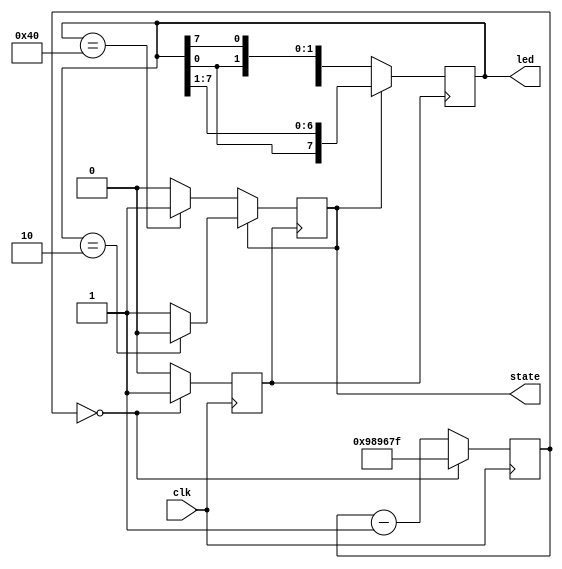
module walker(
input wire clk,
output reg [7:0] led,
output reg state

    );

    reg [26:0] counter;
    reg [3:0] index;
    reg slowclk;
    reg state; // to determine state of going left vs right.
    //0 = right, 1 = left
    initial index = 0;
//    initial state = 1;
    initial led = 8'b00000001;
    
    always @(posedge clk)
    if (counter ==0)
    counter <= 10000000-1;
    else
    counter<=counter - 1'b1;
 
    always @(posedge clk)   // slows down the clock according to counter
    begin
    slowclk <=1'b0;
    if(counter ==0)
    slowclk <=1'b1;
    end
    
    

    
    
    
    always @(posedge slowclk)
    begin
        if (state == 0) begin  // If state is 0, shift left
            led <= {led[6:0], led[7]};
            if (led == 8'b01000000)  // Check if LED reaches rightmost position
                state <= 1;  // 
        end
        else begin  // If state is 1, shift right
//            led <= {led[0], led[7:1]};
            led <= {led[0], led[7:1]};
            if (led == 8'b00000010)  // Check if LED reaches leftmost position
                state <= 0;  // 
        end
    end

endmodule